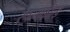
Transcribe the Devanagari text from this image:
स्पर्न्गफील्ड